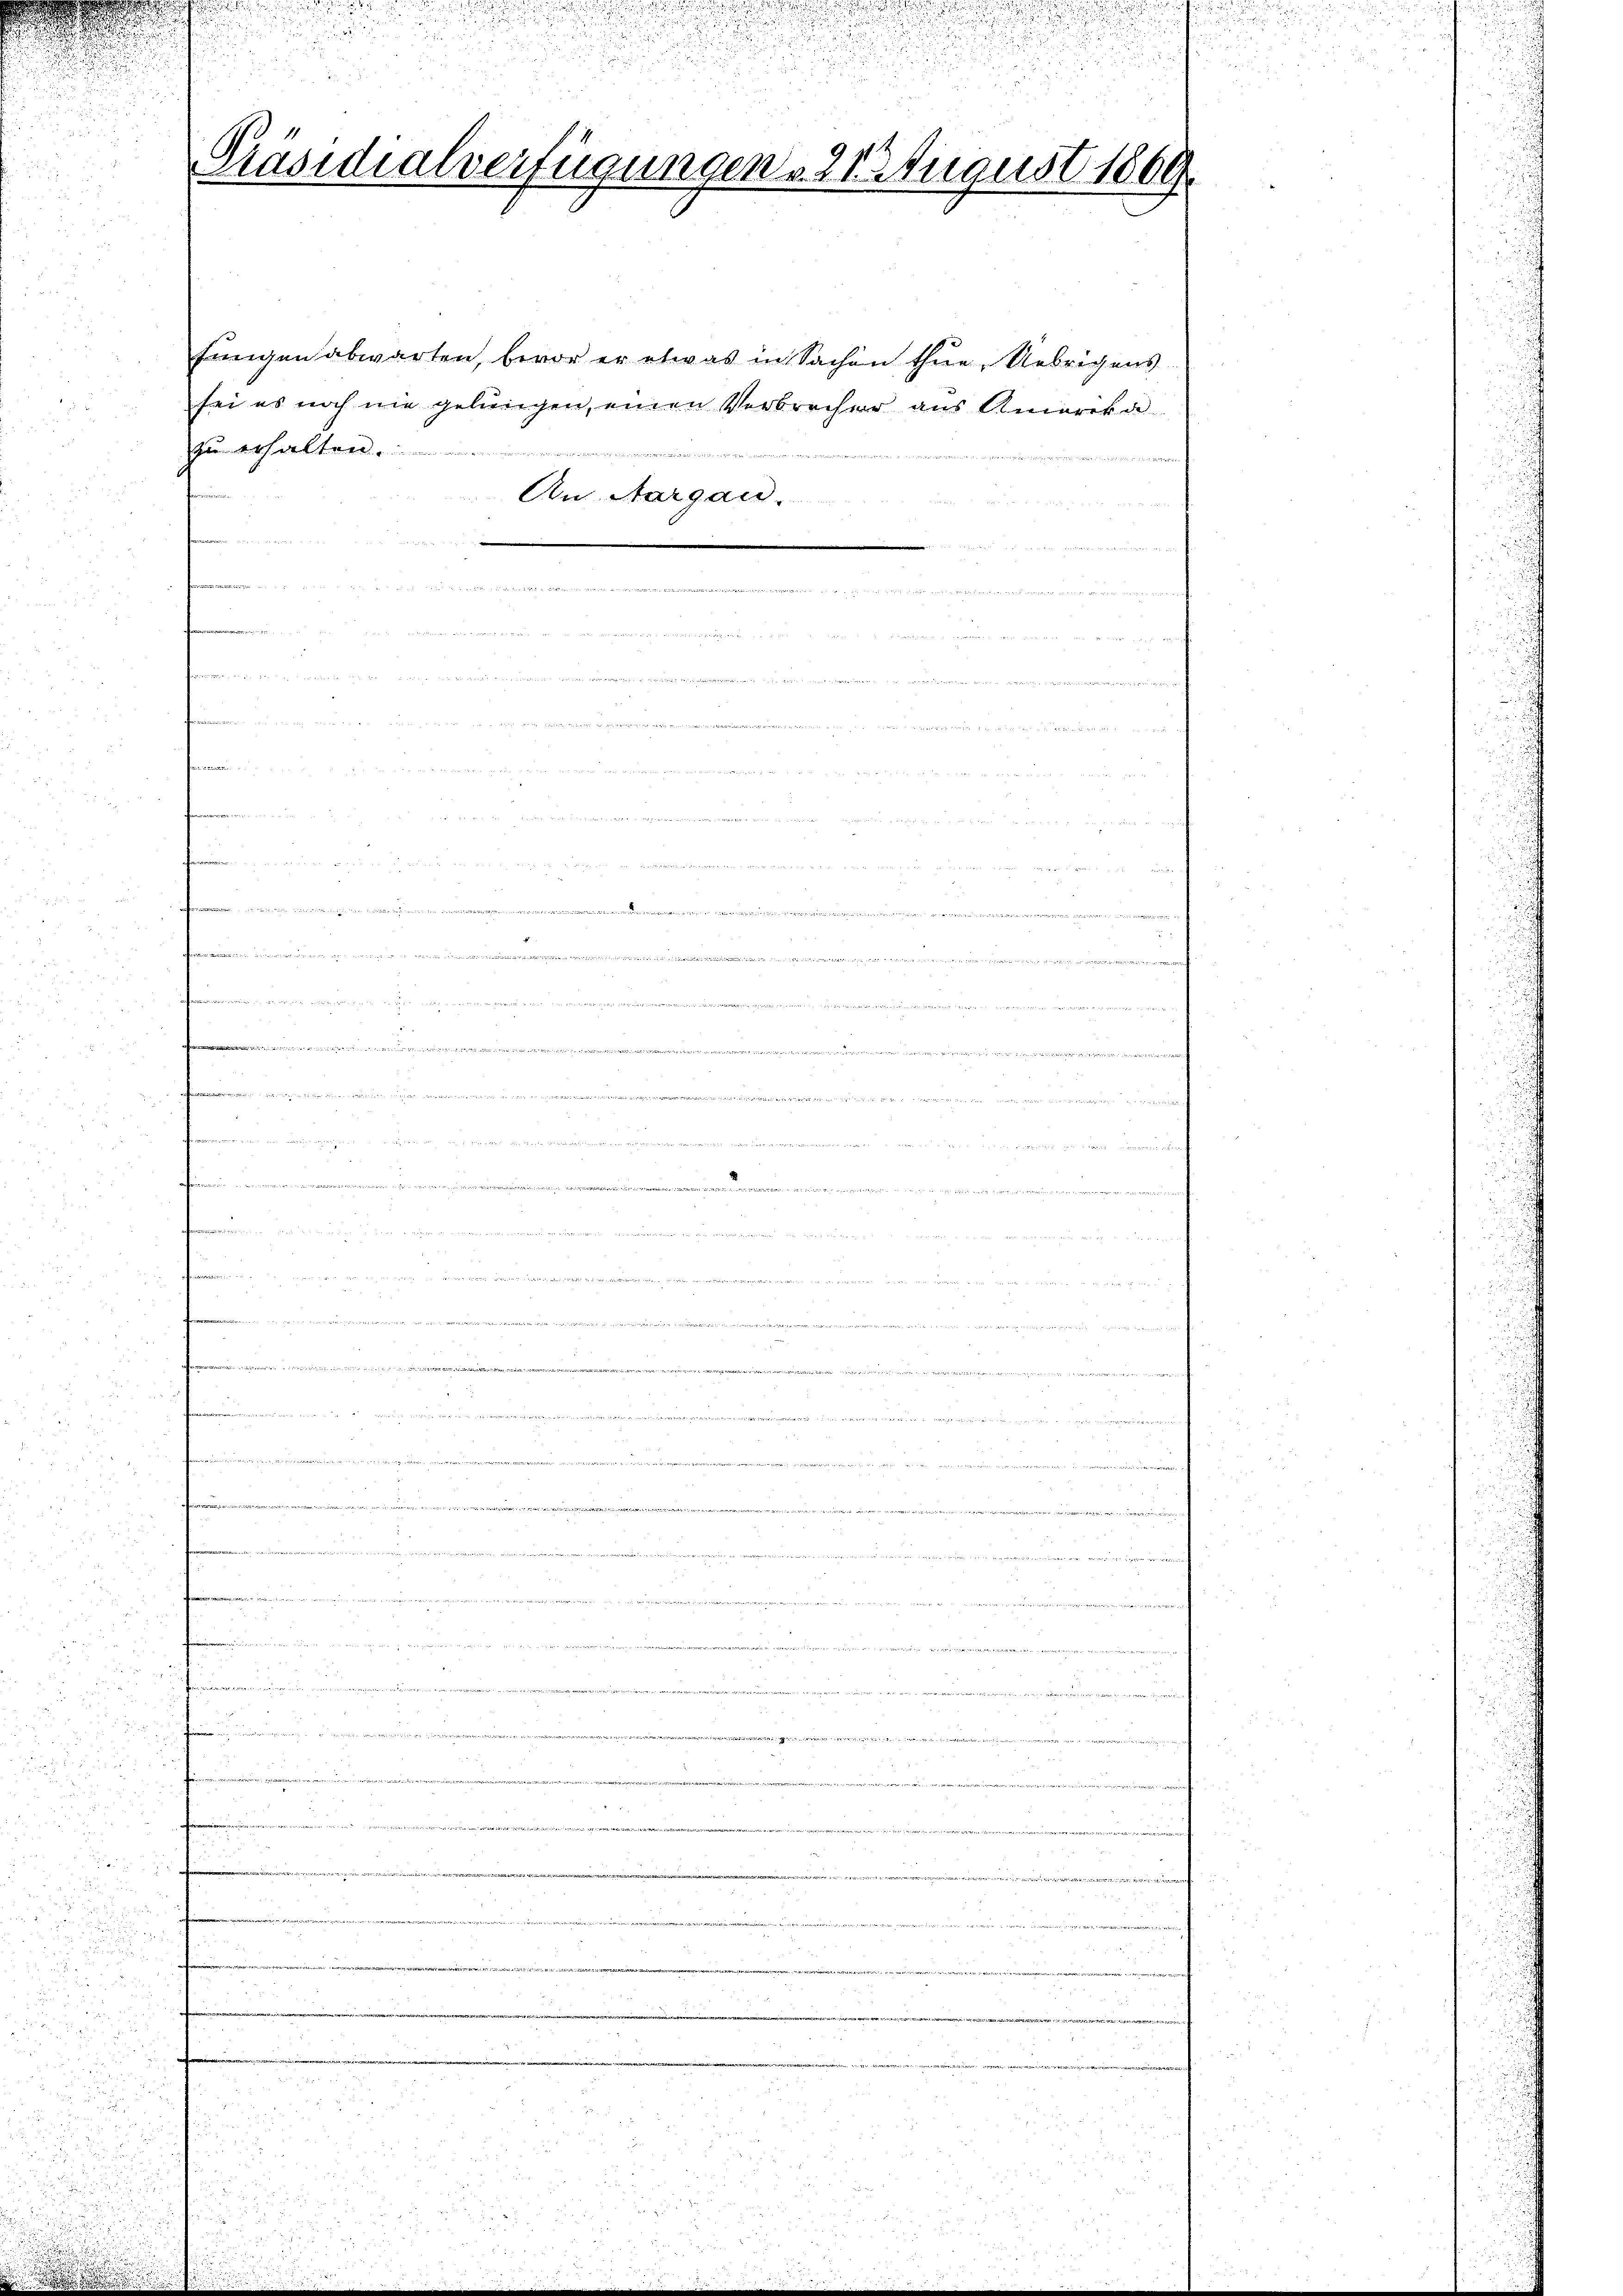
Präsidialverfügungen . 222 August 1809.

fungen abwarten, bevor er etwas in Sachen thue. Uebrigens
sei es noch nie gelungen, einen Verbrecher aus Amerika
zu erhalten.........

An Aargau.
.
.
d
u
 wenn einen auch den eine

i
e

.

.

 ed in nun war einen unterm

.
 D. Rechtigen Beseit der
tenann
.

e

n

e

e

aran der den

mdorf
2
.
diene
i
t
Dr. L